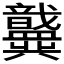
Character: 𫤶